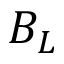
B _ { L }